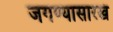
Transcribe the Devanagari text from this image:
जगण्यासारखं